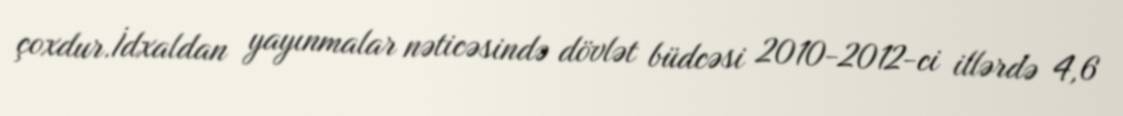
çoxdur.İdxaldan yayınmalar nəticəsində dövlət büdcəsi 2010-2012-ci illərdə 4,6